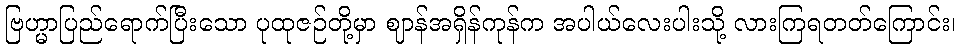
ဗြဟ္မာပြည်ရောက်ပြီးသော ပုထုဇဉ်တို့မှာ ဈာန်အရှိန်ကုန်က အပါယ်လေးပါးသို့ လားကြရတတ်ကြောင်း၊